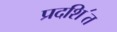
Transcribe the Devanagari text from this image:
प्रदशि॔त